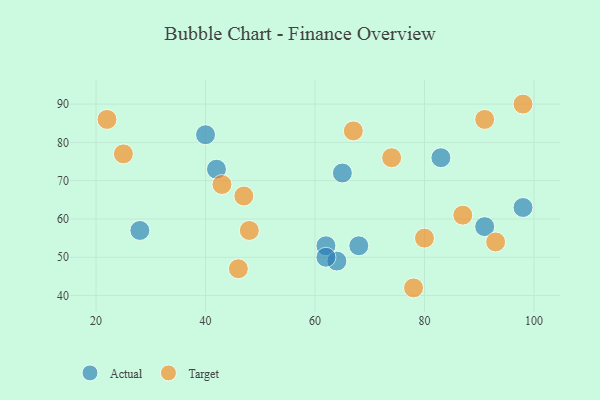
{"axis": {"x": "GDP", "y": "Life Expectancy"}, "legend": ["Actual", "Target"], "data": [{"x": "40", "y": 82, "type": "Actual"}, {"x": "62", "y": 53, "type": "Actual"}, {"x": "91", "y": 58, "type": "Actual"}, {"x": "42", "y": 73, "type": "Actual"}, {"x": "28", "y": 57, "type": "Actual"}, {"x": "68", "y": 53, "type": "Actual"}, {"x": "83", "y": 76, "type": "Actual"}, {"x": "65", "y": 72, "type": "Actual"}, {"x": "64", "y": 49, "type": "Actual"}, {"x": "98", "y": 63, "type": "Actual"}, {"x": "62", "y": 50, "type": "Actual"}, {"x": "80", "y": 55, "type": "Target"}, {"x": "98", "y": 90, "type": "Target"}, {"x": "93", "y": 54, "type": "Target"}, {"x": "47", "y": 66, "type": "Target"}, {"x": "43", "y": 69, "type": "Target"}, {"x": "67", "y": 83, "type": "Target"}, {"x": "87", "y": 61, "type": "Target"}, {"x": "48", "y": 57, "type": "Target"}, {"x": "25", "y": 77, "type": "Target"}, {"x": "74", "y": 76, "type": "Target"}, {"x": "46", "y": 47, "type": "Target"}, {"x": "91", "y": 86, "type": "Target"}, {"x": "78", "y": 42, "type": "Target"}, {"x": "22", "y": 86, "type": "Target"}]}